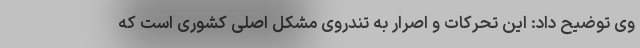
وی توضیح داد: این تحرکات و اصرار به تندروی مشکل اصلی کشوری است که